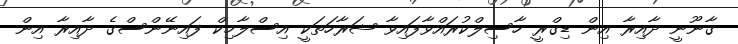
ގާނޫނީ ދާއިރާ އިން ޑިގްރީ ހާސިލްކުރައްވާފައިވާ ޝަރާހަތަކީ އިސްލާމިކް ފައިނޭންސްގެ ދާއިރާ އިން